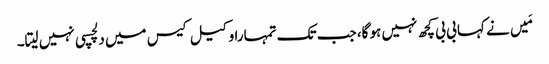
مَیں نے کہا بی بی کچھ نہیں ہو گا، جب تک تمہارا وکیل کیس میں دلچسپی نہیں لیتا۔